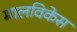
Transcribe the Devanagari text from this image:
मालविकेस